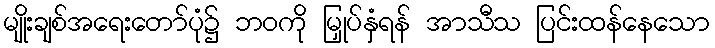
မျိုးချစ်အရေးတော်ပုံ၌ ဘဝကို မြှုပ်နှံရန် အာသီသ ပြင်းထန်နေသော